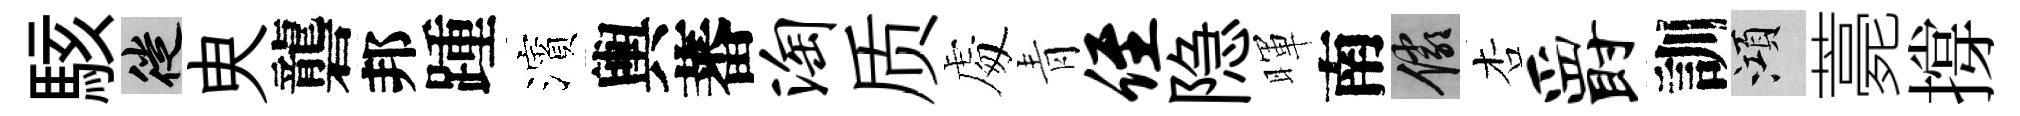
駭徙㬰礱邦踵濱輿蕃淘质䖏青侄隐暉南儼杏爵訓澒薧撐